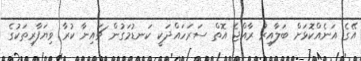
އޭގެ އަނެއްކޮޅަށް ބަލާއިރު ރާއްޖެ އޮތް ސަރަހައްދަކީ ކަނޑުމަގުން ޗައިނާ ކުރާ ވިޔަފާރިތަކުގެ